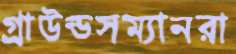
গ্র্রাউন্ডসম্যানরা